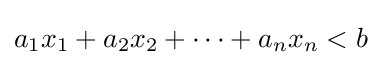
a_{1}x_{1}+a_{2}x_{2}+\cdots +a_{n}x_{n}<b\